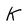
Character: K